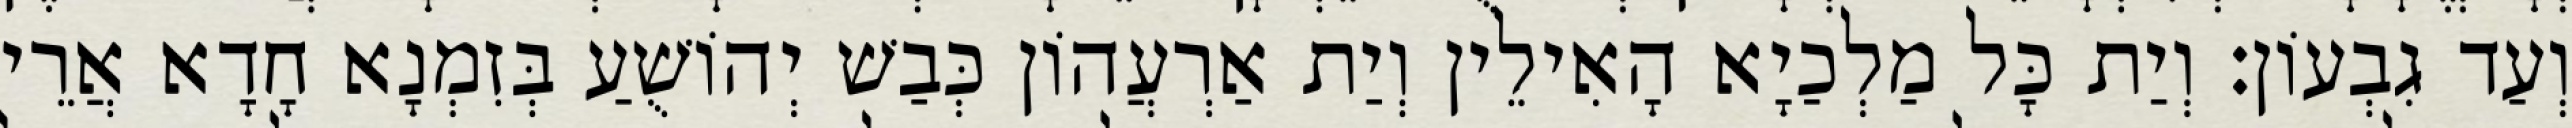
וְעַד גִבְעוֹן׃ וְיַת כָּל מַלְכַיָא הָאִילֵין וְיַת אַרְעֲהוֹן כְּבַשׁ יְהוֹשֻׁעַ בְּזִמְנָא חָדָא אֲרֵי